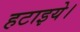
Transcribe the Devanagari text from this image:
हटाइये।